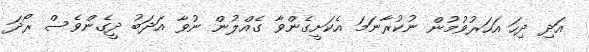
އަދި ދިހަ އަހަރުވުމުން ނުކުރާނަމަ އެކަށީގެންވާ ގެއްލުން ނުވާ އަދަބު ދީގެންވެސް ރޯދަ